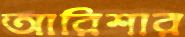
আরিশার